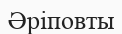
Әріповты